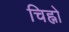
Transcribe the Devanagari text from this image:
चिह्नो